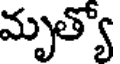
మృత్యో